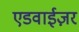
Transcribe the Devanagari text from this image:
एडवाईज़र